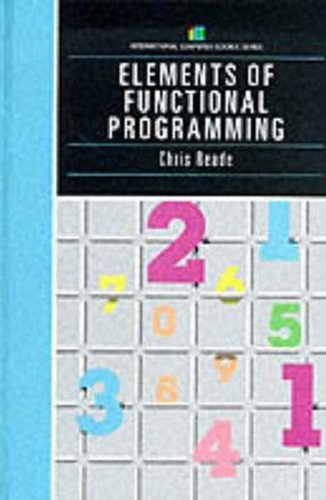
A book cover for Elements Of Functional Programming (International Computer Science Series); Chris Reade; Computers & Technology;